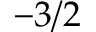
- 3 / 2